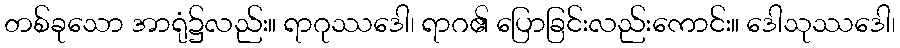
တစ်ခုသော အာရုံ၌လည်း။ ရာဂုဿဒေါ၊ ရာဂ၏ ပြောခြင်းလည်းကောင်း။ ဒေါသုဿဒေါ၊